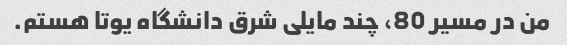
من در مسیر 80، چند مایلی شرق دانشگاه یوتا هستم.